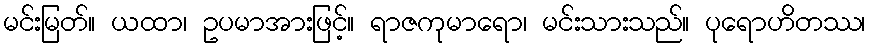
မင်းမြတ်။ ယထာ၊ ဥပမာအားဖြင့်။ ရာဇကုမာရော၊ မင်းသားသည်။ ပုရောဟိတဿ၊